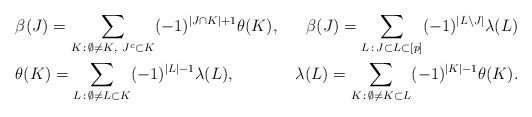
\begin{align*}&\beta(J) = \sum_{K\, :\, \emptyset \not=K,\ J^c\subset K} (-1)^{|J\cap K|+1} \theta(K), &\beta(J) = \sum_{L\, :\, J \subset L \subset [p]} (-1)^{|L\setminus J|} \lambda(L) \\&\theta(K) = \sum_{L\, :\, \emptyset\not=L\subset K}(-1)^{|L|-1}\lambda(L), &\lambda(L) = \sum_{K\, :\, \emptyset \not=K\subset L} (-1)^{|K|-1} \theta(K). \end{align*}